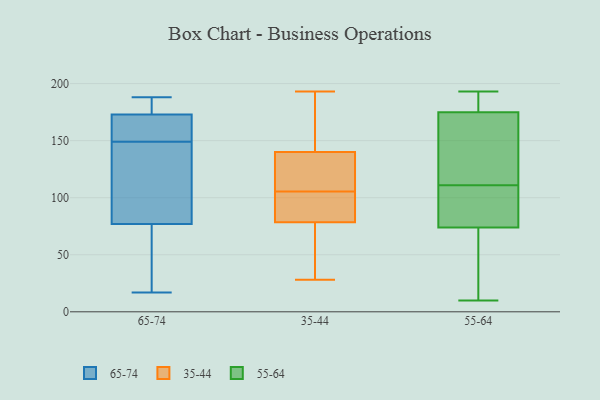
{"axis": {"x": "Churn Rate (%)", "y": "Value"}, "legend": ["35-44", "55-64", "65-74"], "data": [{"x": "", "y": 17, "type": "65-74"}, {"x": "", "y": 77, "type": "65-74"}, {"x": "", "y": 188, "type": "65-74"}, {"x": "", "y": 163, "type": "65-74"}, {"x": "", "y": 63, "type": "65-74"}, {"x": "", "y": 143, "type": "65-74"}, {"x": "", "y": 155, "type": "65-74"}, {"x": "", "y": 179, "type": "65-74"}, {"x": "", "y": 66, "type": "65-74"}, {"x": "", "y": 119, "type": "65-74"}, {"x": "", "y": 164, "type": "65-74"}, {"x": "", "y": 53, "type": "65-74"}, {"x": "", "y": 185, "type": "65-74"}, {"x": "", "y": 173, "type": "65-74"}, {"x": "", "y": 96, "type": "65-74"}, {"x": "", "y": 155, "type": "65-74"}, {"x": "", "y": 112, "type": "65-74"}, {"x": "", "y": 185, "type": "65-74"}, {"x": "", "y": 145, "type": "35-44"}, {"x": "", "y": 78, "type": "35-44"}, {"x": "", "y": 119, "type": "35-44"}, {"x": "", "y": 28, "type": "35-44"}, {"x": "", "y": 135, "type": "35-44"}, {"x": "", "y": 193, "type": "35-44"}, {"x": "", "y": 132, "type": "35-44"}, {"x": "", "y": 44, "type": "35-44"}, {"x": "", "y": 166, "type": "35-44"}, {"x": "", "y": 159, "type": "35-44"}, {"x": "", "y": 81, "type": "35-44"}, {"x": "", "y": 55, "type": "35-44"}, {"x": "", "y": 119, "type": "35-44"}, {"x": "", "y": 92, "type": "35-44"}, {"x": "", "y": 87, "type": "35-44"}, {"x": "", "y": 79, "type": "35-44"}, {"x": "", "y": 155, "type": "55-64"}, {"x": "", "y": 76, "type": "55-64"}, {"x": "", "y": 74, "type": "55-64"}, {"x": "", "y": 10, "type": "55-64"}, {"x": "", "y": 101, "type": "55-64"}, {"x": "", "y": 47, "type": "55-64"}, {"x": "", "y": 193, "type": "55-64"}, {"x": "", "y": 183, "type": "55-64"}, {"x": "", "y": 122, "type": "55-64"}, {"x": "", "y": 24, "type": "55-64"}, {"x": "", "y": 100, "type": "55-64"}, {"x": "", "y": 121, "type": "55-64"}, {"x": "", "y": 127, "type": "55-64"}, {"x": "", "y": 69, "type": "55-64"}, {"x": "", "y": 177, "type": "55-64"}, {"x": "", "y": 186, "type": "55-64"}, {"x": "", "y": 95, "type": "55-64"}, {"x": "", "y": 175, "type": "55-64"}]}